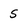
Character: 5